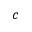
c